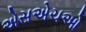
એસએચઓ